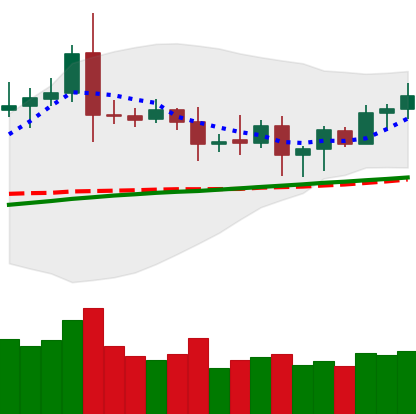
Ticker: ETC-USD
Chart end date: 2020-08-17
Forward return: -8.012%
Label: down_7plus